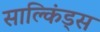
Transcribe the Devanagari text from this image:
साल्किंड्स